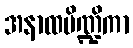
အနာထပိဏ္ဍိကာ